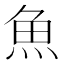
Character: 魚